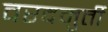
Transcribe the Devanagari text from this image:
वरदमुर्ती